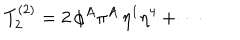
T _ { 2 } ^ { ( 2 ) } = 2 \, \phi ^ { A } \pi ^ { A } \, \eta ^ { 1 } \eta ^ { 4 } + \cdots